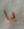
يا